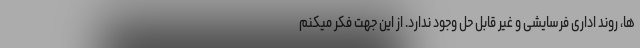
ها، روند اداری فرسایشی و غیر قابل حل وجود ندارد. از این جهت فکر میکنم